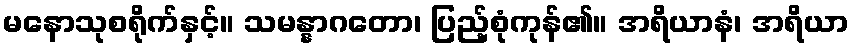
မနောသုစရိုက်နှင့်။ သမန္နာဂတော၊ ပြည့်စုံကုန်၏။ အရိယာနံ၊ အရိယာ